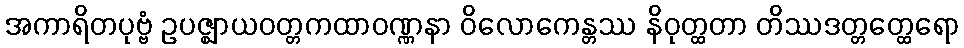
အကာရိတပုဗ္ဗံ ဥပဇ္ဈာယဝတ္တကထာဝဏ္ဏနာ ဝိလောကေန္တဿ နိဝုတ္ထတာ တိဿဒတ္တတ္ထေရော